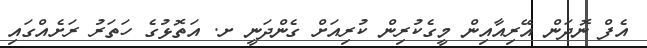
އެފް ނޮދަން އޭރިއާއިން މީގެކުރިން ކުރިއަށް ގެންދަނީ ށ. އަތޮޅުގެ ހަތަރު ރަށެއްގައި